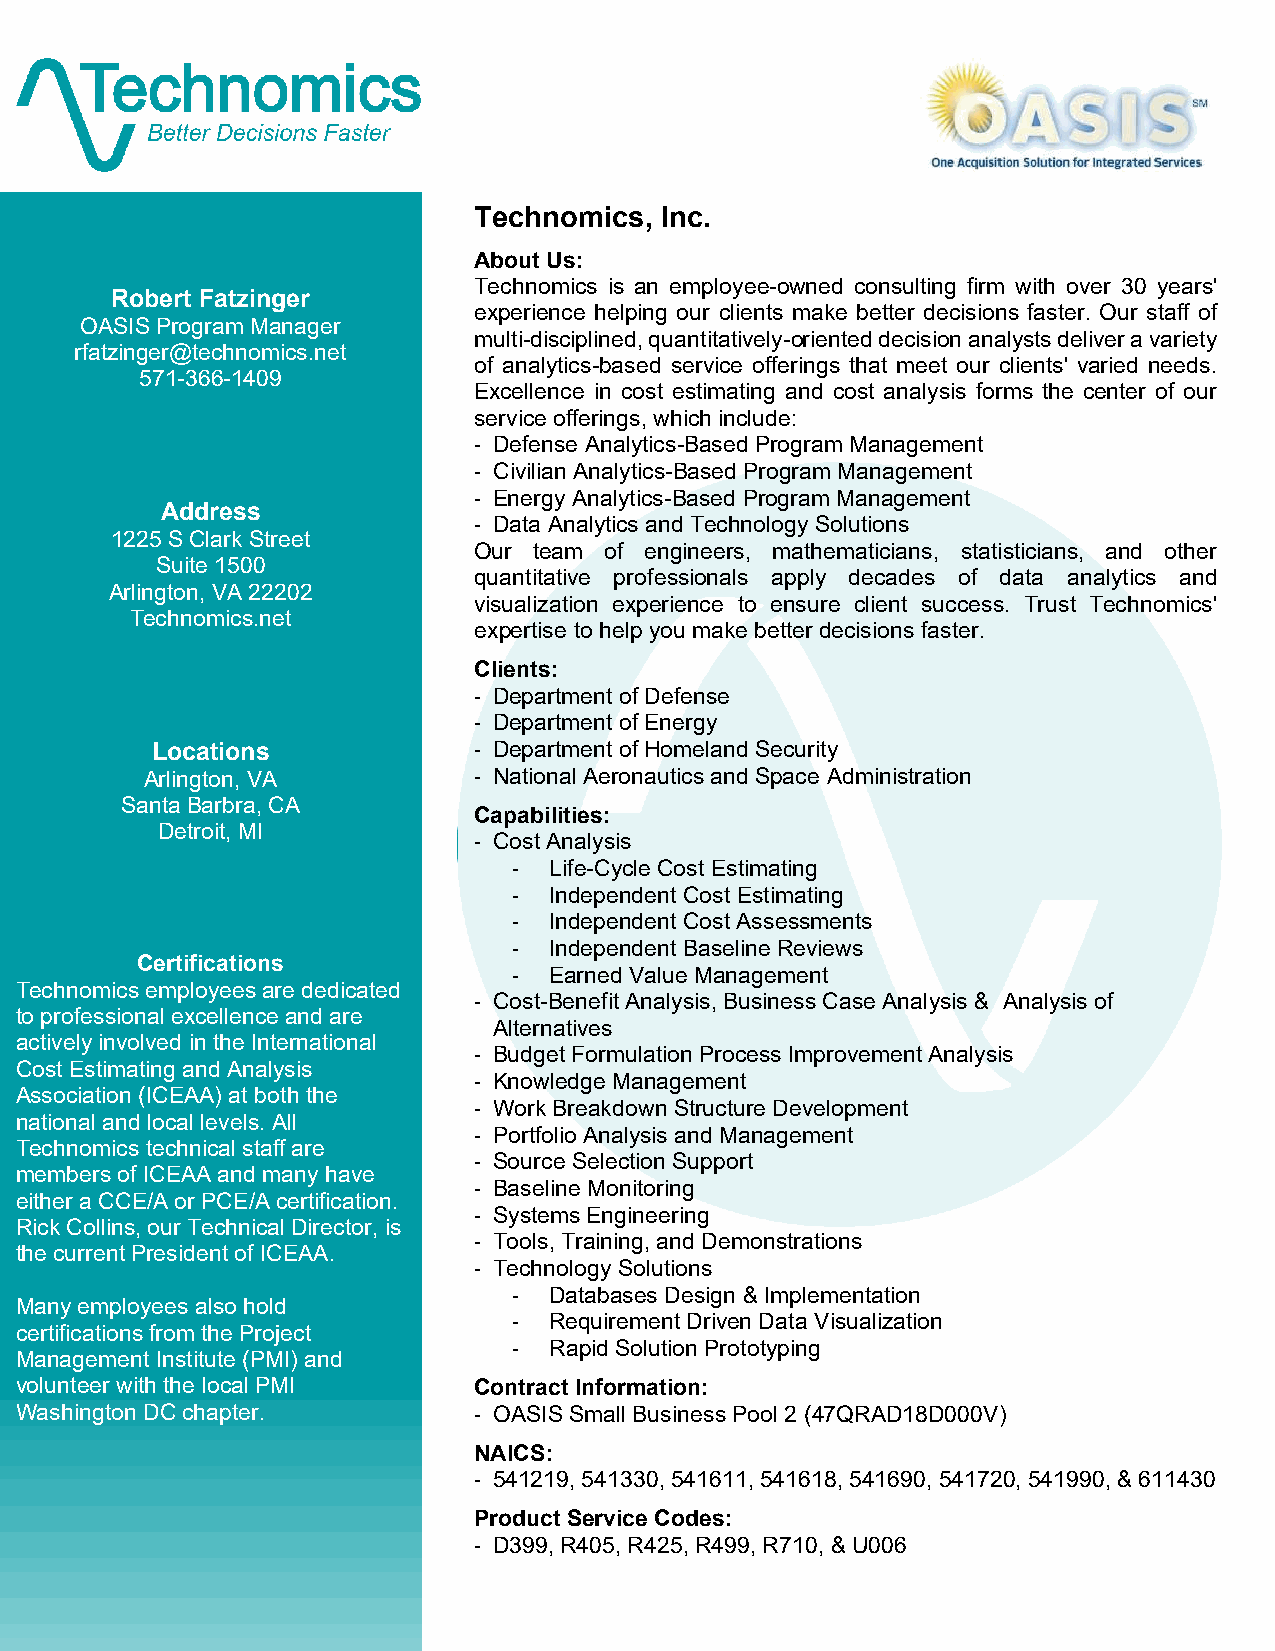
Technomics,  Inc.
 About Us:
 Technomics is an employee-owned consulting firm with over 30 years'
 Robert Fatzinger
 experience helping our clients make better decisions faster. Our staff of
 OASIS Program Manager
 multi-disciplined, quantitatively-oriented decision analysts deliver a variety
 rfatzinger@technomics.net
 of analytics-based service offerings that meet our clients' varied needs.
 571-366-1409
 Excellence in cost estimating and cost analysis forms the center of our
 service offerings, which include:
 - Defense Analytics-Based Program Management
 - Civilian Analytics-Based Program Management
 - Energy Analytics-Based Program Management
 Address
 - Data Analytics and Technology Solutions
 1225 S Clark Street
 Our team of engineers, mathematicians, statisticians, and other
 Suite 1500
 quantitative professionals apply decades of data analytics and
 Arlington, VA 22202
 visualization experience to ensure client success. Trust Technomics'
 Technomics.net
 expertise to help you make better decisions faster.
 Clients:
 - Department of Defense
 - Department of Energy
 Locations            - Department of Homeland Security
 Arlington, VA        - National Aeronautics and Space Administration
 Santa Barbra, CA
 Capabilities:
 Detroit, MI
 - Cost Analysis
 - Life-Cycle Cost Estimating
 - Independent Cost Estimating
 - Independent Cost Assessments
 - Independent Baseline Reviews
 Certifications
 - Earned Value Management
 Technomics employees are dedicated
 - Cost-Benefit Analysis, Business Case Analysis & Analysis of
 to professional excellence and are
 Alternatives
 actively involved in the International
 - Budget Formulation Process Improvement Analysis
 Cost Estimating and Analysis
 - Knowledge Management
 Association (ICEAA) at both the
 - Work Breakdown Structure Development
 national and local levels. All
 - Portfolio Analysis and Management
 Technomics technical staff are
 - Source Selection Support
 members of ICEAA and many have
 - Baseline Monitoring
 either a CCE/A or PCE/A certification.
 - Systems Engineering
 Rick Collins, our Technical Director, is
 - Tools, Training, and Demonstrations
 the current President of ICEAA.
 - Technology Solutions
 - Databases Design & Implementation
 Many employees also hold
 - Requirement Driven Data Visualization
 certifications from the Project
 - Rapid Solution Prototyping
 Management Institute (PMI) and
 volunteer with the local PMI  Contract Information:
 Washington DC chapter.        - OASIS Small Business Pool 2 (47QRAD18D000V)
 NAICS:
 - 541219, 541330, 541611, 541618, 541690, 541720, 541990, & 611430
 Product Service Codes:
 - D399, R405, R425, R499, R710, & U006